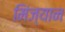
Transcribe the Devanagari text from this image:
मिंज्यान